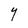
Character: Y